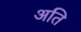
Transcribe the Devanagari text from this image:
अति